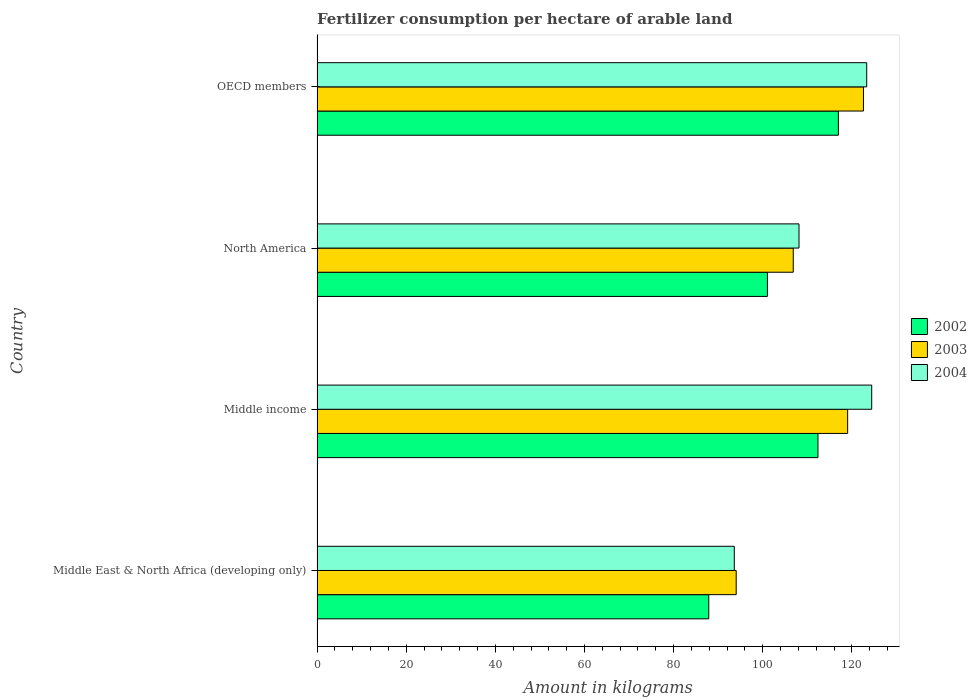
| Country | 2002 | 2003 | 2004 |
 | --- | --- | --- | --- |
 | Middle East & North Africa (developing only) | 87.9 | 94 | 93.6 |
 | Middle income | 112 | 119 | 124 |
 | North America | 101 | 107 | 108 |
 | OECD members | 117 | 123 | 123 |